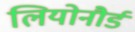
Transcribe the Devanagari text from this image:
लियोनौर्ड